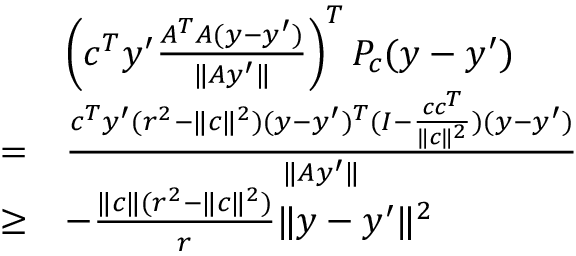
\begin{array} { r l } & { \left( c ^ { T } y ^ { \prime } \frac { A ^ { T } A ( y - y ^ { \prime } ) } { \| A y ^ { \prime } \| } \right) ^ { T } P _ { c } ( y - y ^ { \prime } ) } \\ { = } & { \frac { c ^ { T } y ^ { \prime } ( r ^ { 2 } - \| c \| ^ { 2 } ) ( y - y ^ { \prime } ) ^ { T } ( I - \frac { c c ^ { T } } { \| c \| ^ { 2 } } ) ( y - y ^ { \prime } ) } { \| A y ^ { \prime } \| } } \\ { \geq } & { - \frac { \| c \| ( r ^ { 2 } - \| c \| ^ { 2 } ) } { r } \| y - y ^ { \prime } \| ^ { 2 } } \end{array}